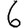
Digit: 6